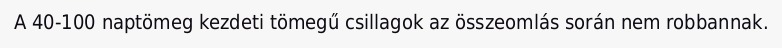
A 40-100 naptömeg kezdeti tömegű csillagok az összeomlás során nem robbannak.